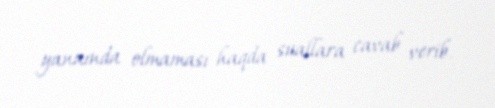
yanaında olmaması haqda suallara cavab verib.